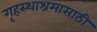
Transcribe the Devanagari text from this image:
गृहस्थाश्रमासाठी